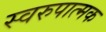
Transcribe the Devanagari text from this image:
स्वरुपात्मक